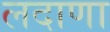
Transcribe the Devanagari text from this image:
लदाणा